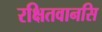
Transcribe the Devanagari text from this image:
रक्षितवानसि